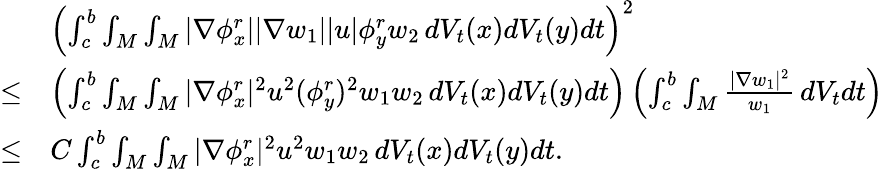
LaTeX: \begin{array}{rl}&{\left(\int_{c}^{b}\int_{M}\int_{M}|\nabla\phi_{x}^{r}||\nabla w_{1}||u|\phi_{y}^{r}w_{2}\, dV_{t}(x)dV_{t}(y)dt\right)^{2}}\\ {\le}&{\left(\int_{c}^{b}\int_{M}\int_{M}|\nabla\phi_{x}^{r}|^{2}u^{2}(\phi_{y}^{r})^{2}w_{1}w_{2}\, dV_{t}(x)dV_{t}(y)dt\right)\left(\int_{c}^{b}\int_{M}\frac{|\nabla w_{1}|^{2}}{w_{1}}\, dV_{t}dt\right)}\\ {\le}&{C\int_{c}^{b}\int_{M}\int_{M}|\nabla\phi_{x}^{r}|^{2}u^{2}w_{1}w_{2}\, dV_{t}(x)dV_{t}(y)dt.}\end{array}